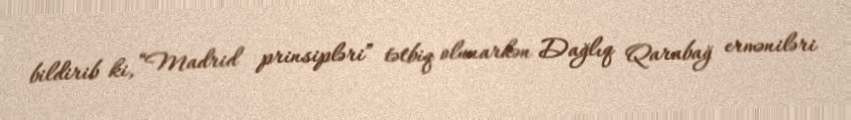
bildirib ki, “Madrid prinsipləri” tətbiq olunarkən Dağlıq Qarabağ erməniləri